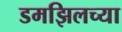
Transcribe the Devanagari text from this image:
डमझिलच्या